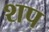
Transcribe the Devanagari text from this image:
शप